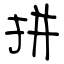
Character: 拼